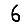
Digit: 6